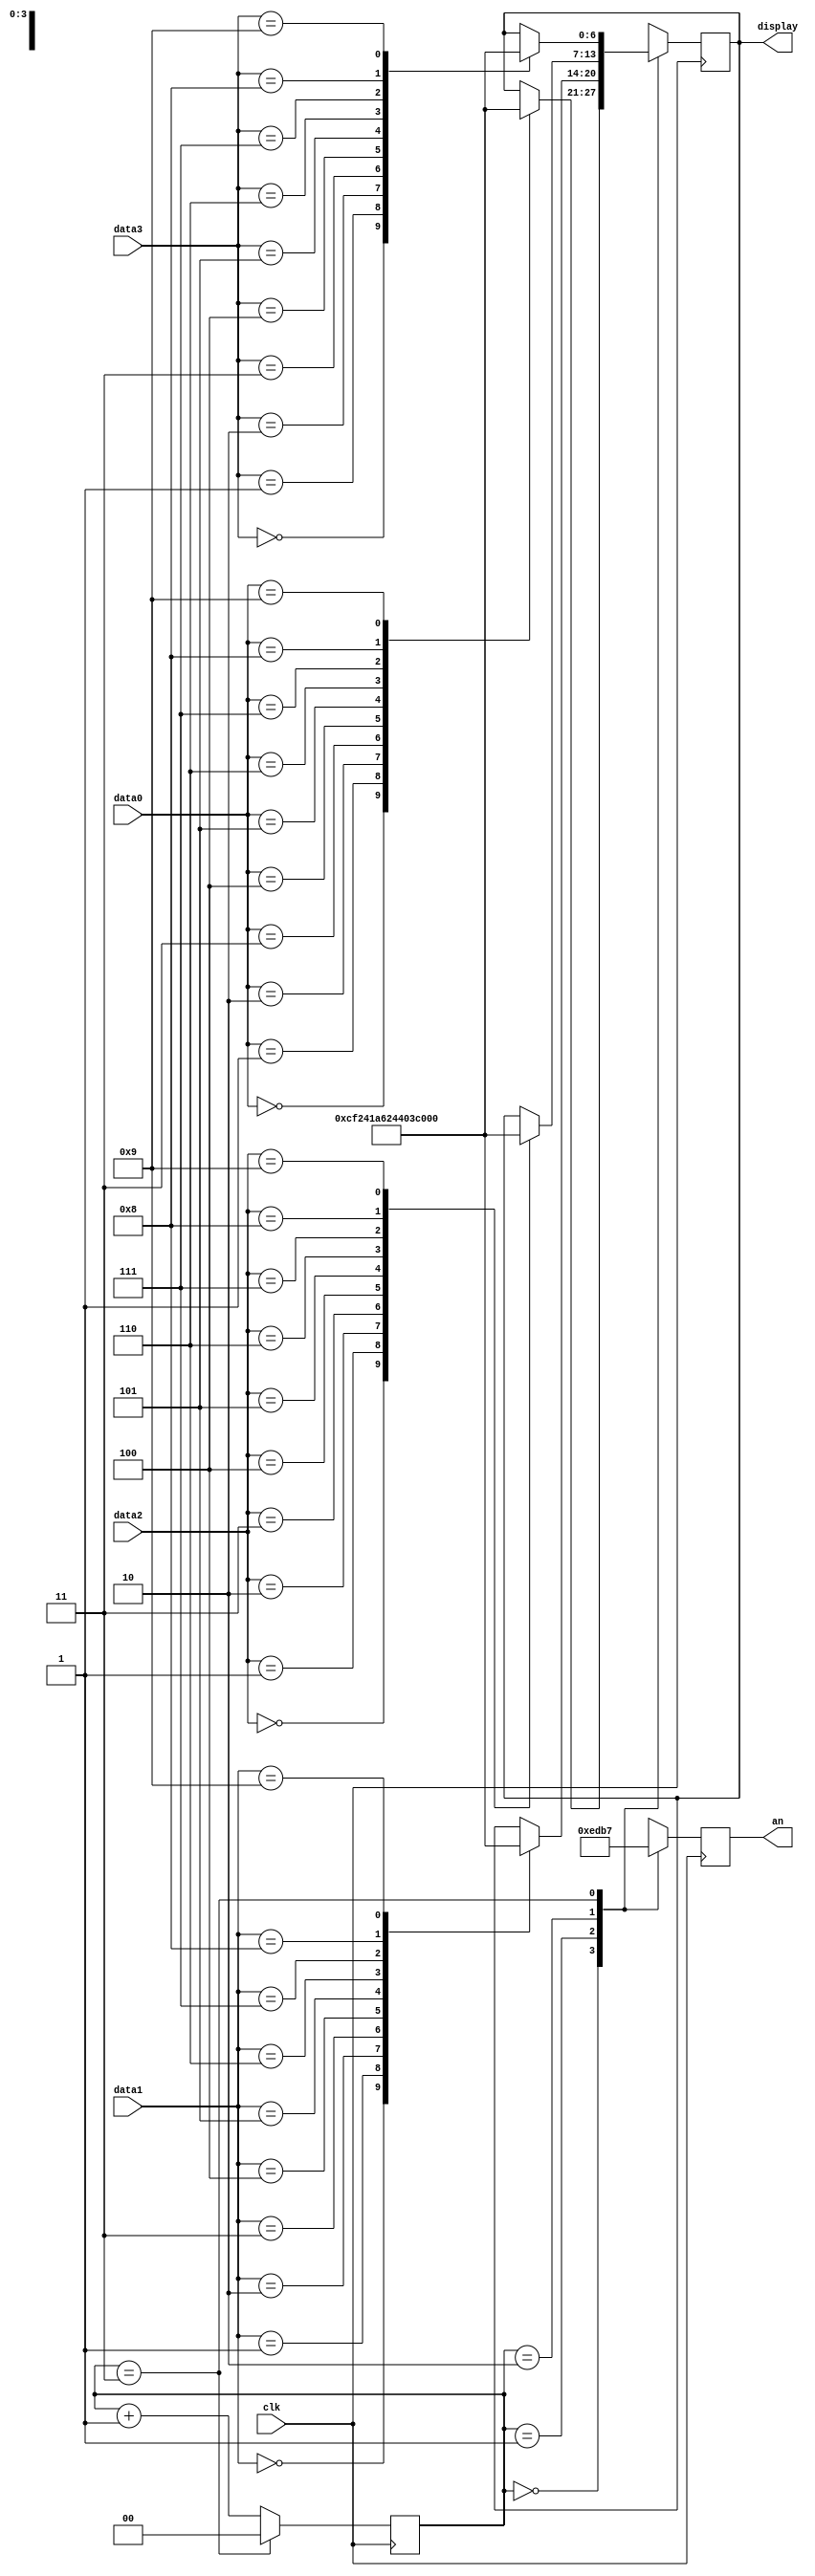
`timescale 1ns / 1ps
//////////////////////////////////////////////////////////////////////////////////
// Company: 
// Engineer: 
// 
// Design Name: 
// Module Name: display7seg
// Project Name: 
// Target Devices: 
// Tool Versions: 
// Description: 
// 
// Dependencies: 
// 
// Revision:
// Revision 0.01 - File Created
// Additional Comments:
// 
//////////////////////////////////////////////////////////////////////////////////


module display7seg(
    input clk,
    input [3:0]data3,data2,data1,data0,
    output reg[3:0]an,
    output reg[6:0]display
    );
    reg [1:0] count;
    always @(posedge clk) begin
        if(count == 'b11)
            count <= 0;
        else
            count <= count +'b1;
    end
    always @(posedge clk) begin
        case(count)
        2'b00: an <= 4'b1110;
        2'b01: an <= 4'b1101;
        2'b10: an <= 4'b1011;
        2'b11: an <= 4'b0111;
        endcase
    end
    always @(posedge clk) begin
        case(count)
            2'b00:
            case (data0)
                4'b0000:display = 7'b0000001;
                4'b0001:display = 7'b1001111;
                4'b0010:display = 7'b0010010;
                4'b0011:display = 7'b0000110;
                4'b0100:display = 7'b1001100;
                4'b0101:display = 7'b0100100;
                4'b0110:display = 7'b0100000;
                4'b0111:display = 7'b0001111;
                4'b1000:display = 7'b0000000;
                4'b1001:display = 7'b0000100;    
            endcase
            2'b01:
            case (data1)
                4'b0000:display = 7'b0000001;
                4'b0001:display = 7'b1001111;
                4'b0010:display = 7'b0010010;
                4'b0011:display = 7'b0000110;
                4'b0100:display = 7'b1001100;
                4'b0101:display = 7'b0100100;
                4'b0110:display = 7'b0100000;
                4'b0111:display = 7'b0001111;
                4'b1000:display = 7'b0000000;
                4'b1001:display = 7'b0000100;    
            endcase
            2'b10:
            case (data2)
                4'b0000:display = 7'b0000001;
                4'b0001:display = 7'b1001111;
                4'b0010:display = 7'b0010010;
                4'b0011:display = 7'b0000110;
                4'b0100:display = 7'b1001100;
                4'b0101:display = 7'b0100100;
                4'b0110:display = 7'b0100000;
                4'b0111:display = 7'b0001111;
                4'b1000:display = 7'b0000000;
                4'b1001:display = 7'b0000100;    
            endcase
            2'b11:
            case (data3)
                4'b0000:display = 7'b0000001;
                4'b0001:display = 7'b1001111;
                4'b0010:display = 7'b0010010;
                4'b0011:display = 7'b0000110;
                4'b0100:display = 7'b1001100;
                4'b0101:display = 7'b0100100;
                4'b0110:display = 7'b0100000;
                4'b0111:display = 7'b0001111;
                4'b1000:display = 7'b0000000;
                4'b1001:display = 7'b0000100;    
            endcase
        endcase
    end
endmodule